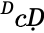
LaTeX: ^ḊcḌ